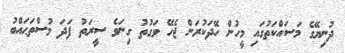
ދުނިޔޭގެ މަސައްކަތުގައި މީހުން ހޭދަކުރަން ޖެހޭ ވަގުތު ގިނަވެ ސީރަތު ފަދަ މުސްތަޙައްބު